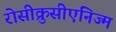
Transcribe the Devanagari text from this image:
रोसीक्रुसीएनिज्म